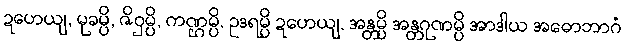
ဍဟေယျ, မုခမ္ပိ, ဇိဝှမ္ပိ, ကဏ္ဌမ္ပိ, ဥဒရမ္ပိ ဍဟေယျ, အန္တမ္ပိ အန္တဂုဏမ္ပိ အာဒါယ အဓောဘာဂံ